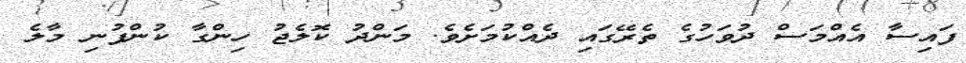
ފައިސާ އެއްމަސް ދުވަހުގެ ތެރޭގައި ދެއްކުމަށެވެ. މަންދު ކޮލެޖު ހިންގާ ކުންފުނި މާލެ